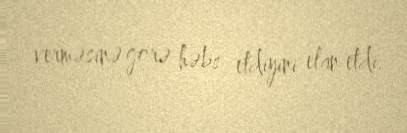
verməsinə görə həbs etdiyini elan etdi.